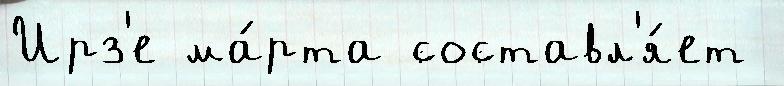
Ирз'е ма́рта составл'я́ет